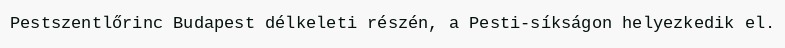
Pestszentlőrinc Budapest délkeleti részén, a Pesti-síkságon helyezkedik el.